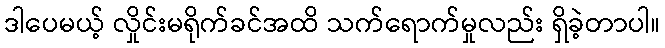
ဒါပေမယ့် လှိုင်းမရိုက်ခင်အထိ သက်ရောက်မှုလည်း ရှိခဲ့တာပါ။